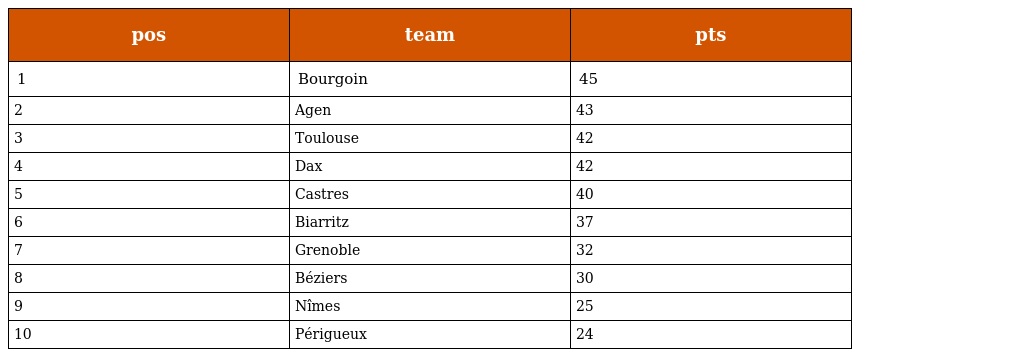
| pos | team | pts |
 | --- | --- | --- |
 | 1 | Bourgoin | 45 |
 | 2 | Agen | 43 |
 | 3 | Toulouse | 42 |
 | 4 | Dax | 42 |
 | 5 | Castres | 40 |
 | 6 | Biarritz | 37 |
 | 7 | Grenoble | 32 |
 | 8 | Béziers | 30 |
 | 9 | Nîmes | 25 |
 | 10 | Périgueux | 24 |